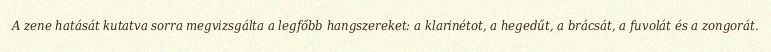
A zene hatását kutatva sorra megvizsgálta a legfőbb hangszereket: a klarinétot, a hegedűt, a brácsát, a fuvolát és a zongorát.